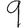
Digit: 9